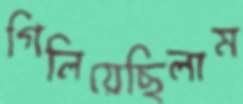
গিলিয়েছিলাম